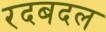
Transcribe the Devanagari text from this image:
रदबदल